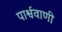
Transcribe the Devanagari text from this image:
पार्श्ववाणी